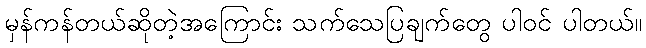
မှန်ကန်တယ်ဆိုတဲ့အကြောင်း သက်သေပြချက်တွေ ပါဝင် ပါတယ်။